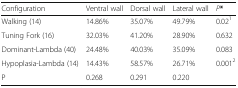
<table><thead><tr><td><b>Configuration</b></td><td><b>Ventral wall</b></td><td><b>Dorsal wall</b></td><td><b>Lateral wall</b></td><td><b><i>P</i>*</b></td></tr></thead><tbody><tr><td>Walking (14)</td><td>14.86%</td><td>35.07%</td><td>49.79%</td><td>0.02<sup>1</sup></td></tr><tr><td>Tuning Fork (16)</td><td>32.03%</td><td>41.20%</td><td>28.90%</td><td>0.632</td></tr><tr><td>Dominant-Lambda (40)</td><td>24.48%</td><td>40.03%</td><td>35.09%</td><td>0.083</td></tr><tr><td>Hypoplasia-Lambda (14)</td><td>14.43%</td><td>58.57%</td><td>26.71%</td><td>0.001<sup>2</sup></td></tr><tr><td>P</td><td>0.268</td><td>0.291</td><td>0.220</td><td></td></tr></tbody></table>